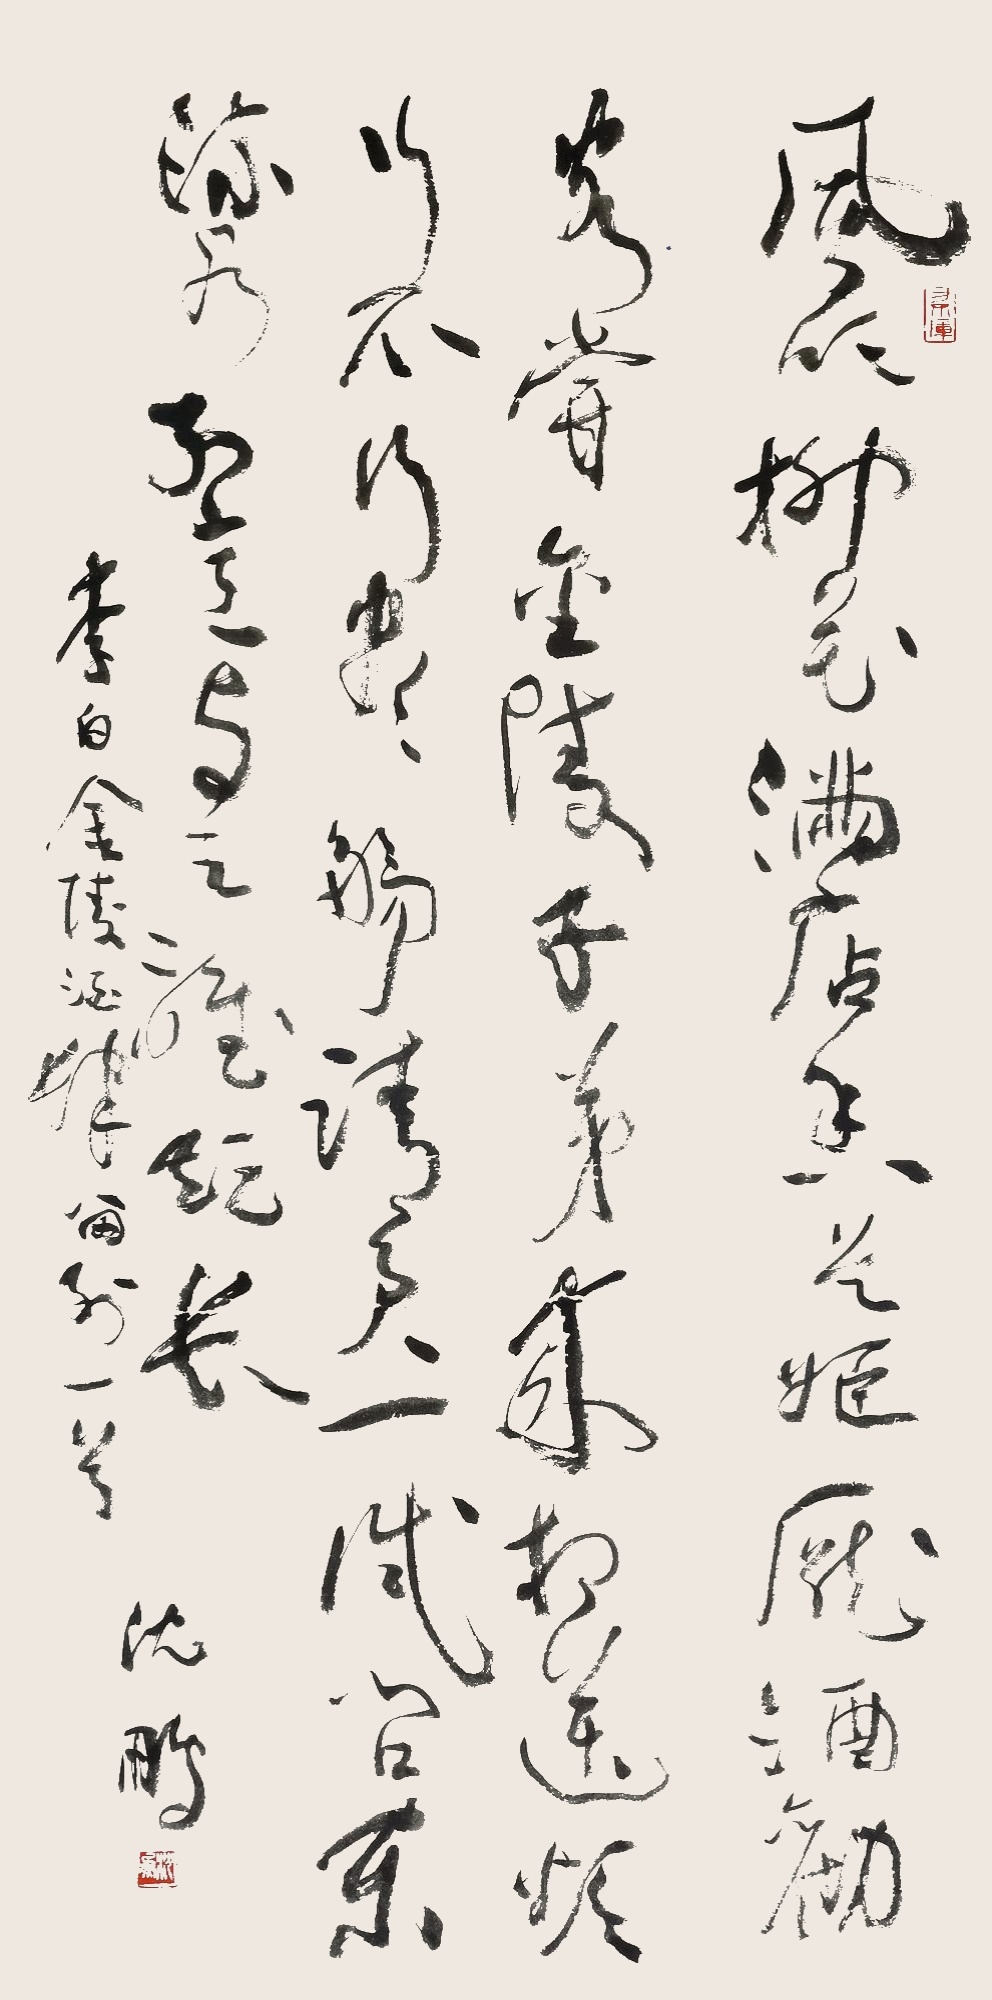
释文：风吹柳花满店香，吴姬压酒唤客尝。金陵子弟来相送，欲行不行各尽觞。请君试问东流水，别意与之谁短长。李白金陵酒肆留别一首，沈鹏。